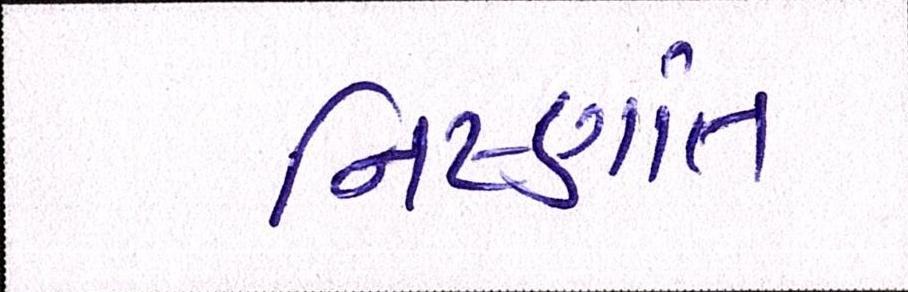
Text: નિષ્ણાંત